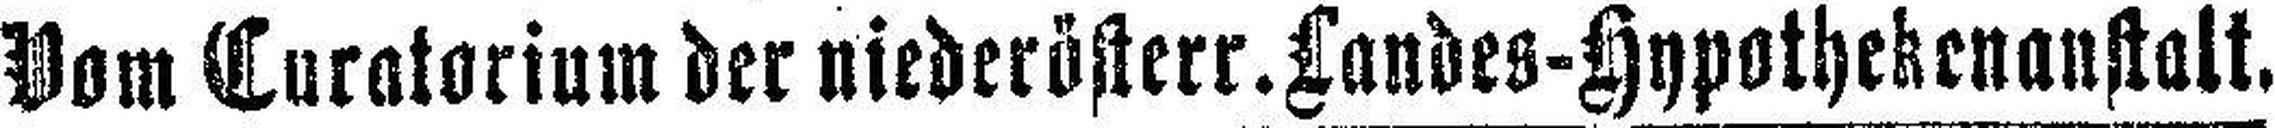
Vom Curatorium der niederösterr. Landes-Hypothekenanstalt.